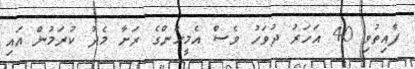
ފާއިތުވި 40 އަހަރު ދުވަހު ވެސް އެމީހުންގެ ރަށާ މެދު ކުރަމުން އައި